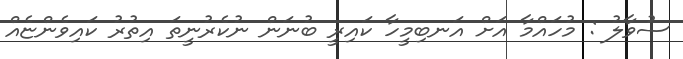
ސުވާލު : މުހައްމާ އަށް އަނބިމީހާ ކައިރީ ބުނަން ނުކެރުނީތަ އިތުރު ކައިވެންޏެއް